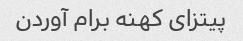
پیتزای کهنه برام آوردن